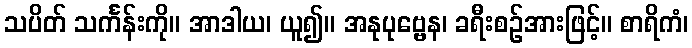
သပိတ် သင်္ကန်းကို။ အာဒါယ၊ ယူ၍။ အနုပုဗ္ဗေန၊ ခရီးစဉ်အားဖြင့်။ စာရိကံ၊